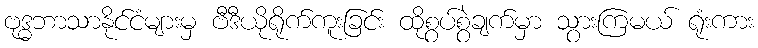
ဗုဒ္ဓဘာသာနိုင်ငံများမှ ဗီဒီယိုရိုက်ကူးခြင်း ထိုစွပ်စွဲချက်မှာ သွားကြမယ် ရုံးကား